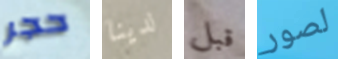
حجر لدينا قبل لصور